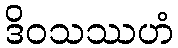
ဒိဝသဿဟံ